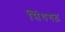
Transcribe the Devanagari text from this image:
सिंघगढ़